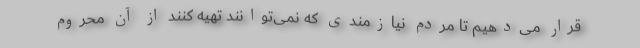
قرار می‌دهیم تا مردم نیازمندی که نمی‌توانند تهیه کنند از آن محروم